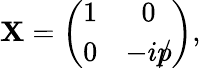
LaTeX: {\sf\mathbf{X}}=\left(\begin{array}{cc}{{1}}&{{0}}\\ {{0}}&{{-ip\llap/}}\end{array}\right),